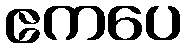
ဧကပေ